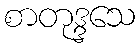
စာတုဒ္ဒသေ